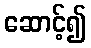
ဆောင့်၍